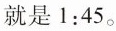
就是1:45。